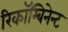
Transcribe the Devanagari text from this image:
रिकॉम्बिनेन्ट